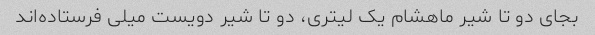
بجای دو تا شیر ماهشام یک لیتری، دو تا شیر دویست میلی فرستاده‌اند